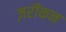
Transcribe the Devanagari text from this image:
ज़रीकन